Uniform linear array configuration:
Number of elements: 12
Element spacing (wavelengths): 0.25
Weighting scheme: binomial
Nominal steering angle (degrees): -60
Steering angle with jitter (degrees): -59.379
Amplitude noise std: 0.05
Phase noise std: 0.05

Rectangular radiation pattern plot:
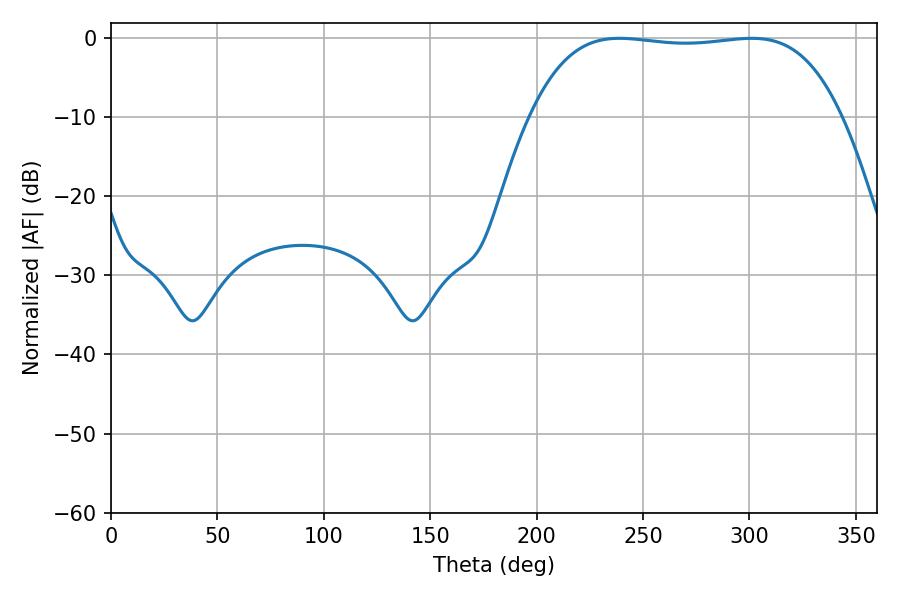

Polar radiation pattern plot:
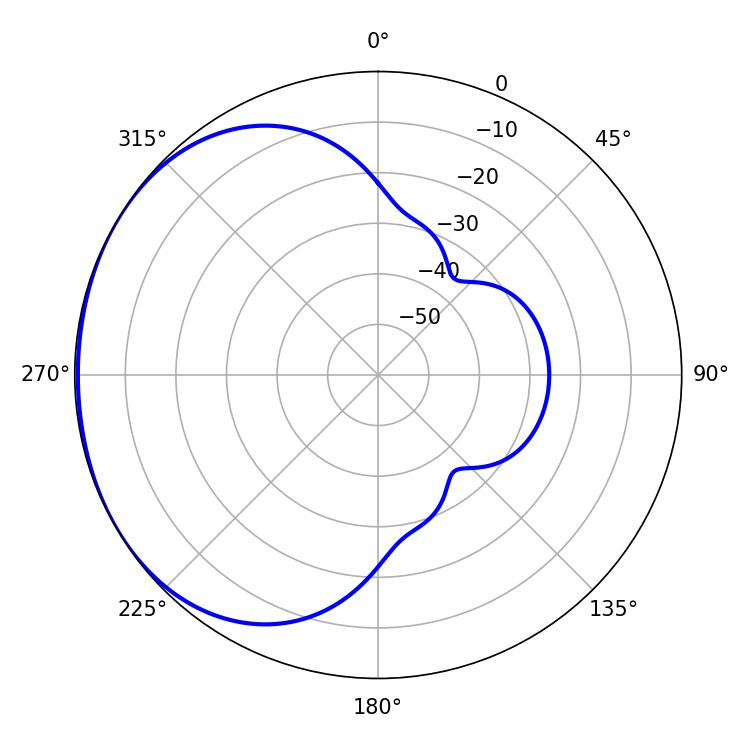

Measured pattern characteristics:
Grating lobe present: FALSE
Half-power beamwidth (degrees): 114.84
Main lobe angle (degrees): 238.86